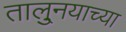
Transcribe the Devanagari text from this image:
तालु्नयाच्या